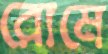
রোমে